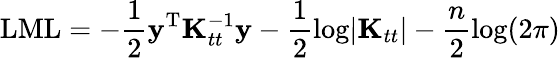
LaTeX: \mathrm{LML}=-\frac{1}{2}\mathbf{y}^{\mathrm{T}}\mathbf{K}_{tt}^{-1}\mathbf{y}-\frac{1}{2}\mathrm{log}|\mathbf{K}_{tt}|-\frac{n}{2}\mathrm{log}(2\pi)